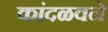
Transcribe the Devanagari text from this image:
कांदळवने